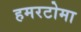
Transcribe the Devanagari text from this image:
हमरटोमा